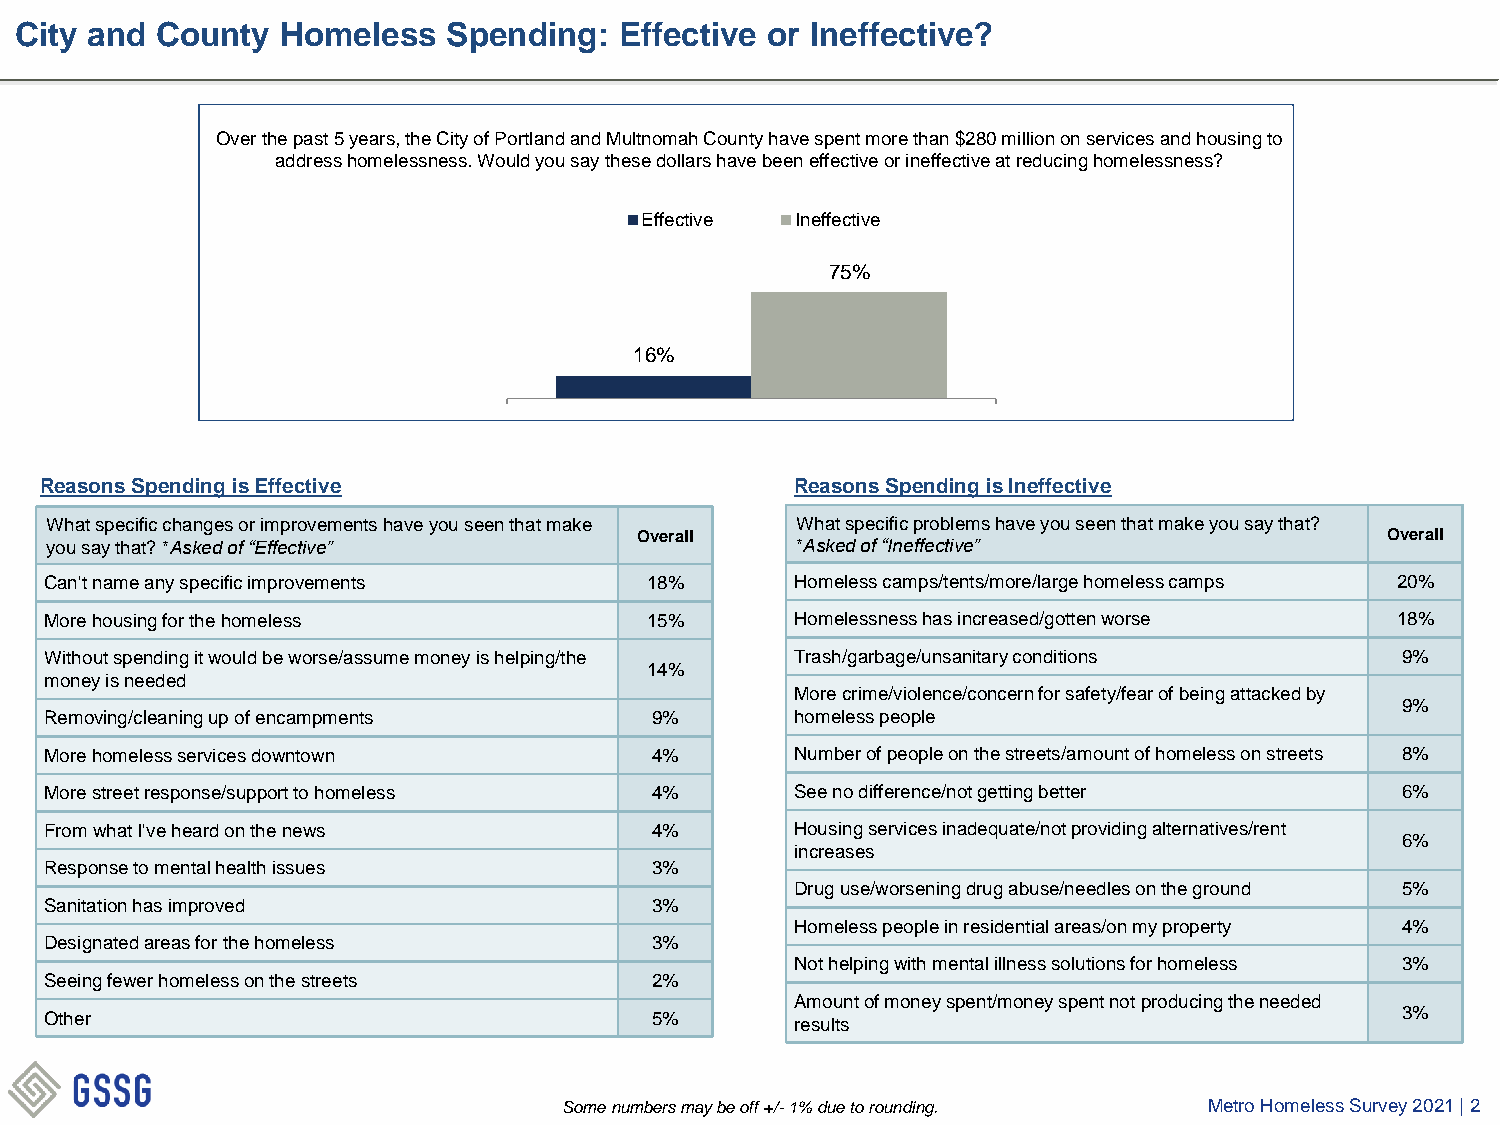
City and County   Homeless   Spending:  Effective or Ineffective?
 Over the past 5 years, the City of Portland and Multnomah County have spent more than $280 million on services and housing to
 address homelessness. Would you say these dollars have been effective or ineffective at reducing homelessness?
 Effective  Ineffective
 75%
 16%
 Reasons Spending is Effective                     Reasons Spending is Ineffective
 What specific changes or improvements have you seen that make What specific problems have you seen that make you say that?
 Overall                                           Overall
 you say that? *Asked of “Effective”               *Asked of “Ineffective”
 Can't name any specific improvements    18%       Homeless camps/tents/more/large homeless camps 20%
 More housing for the homeless           15%       Homelessness has increased/gotten worse 18%
 Without spending it would be worse/assume money is helping/the Trash/garbage/unsanitary conditions 9%
 14%
 money is needed
 More crime/violence/concern for safety/fear of being attacked by
 9%
 Removing/cleaning up of encampments     9%        homeless people
 More homeless services downtown         4%        Number of people on the streets/amount of homeless on streets 8%
 More street response/support to homeless 4%       See no difference/not getting better    6%
 From what I've heard on the news        4%        Housing services inadequate/not providing alternatives/rent
 6%
 increases
 Response to mental health issues        3%
 Drug use/worsening drug abuse/needles on the ground 5%
 Sanitation has improved                 3%
 Homeless people in residential areas/on my property 4%
 Designated areas for the homeless       3%
 Not helping with mental illness solutions for homeless 3%
 Seeing fewer homeless on the streets    2%
 Amount of money spent/money spent not producing the needed
 Other                                   5%        results                                 3%
 Some numbers may be off +/-1% due to rounding. Metro Homeless Survey 2021 | 2